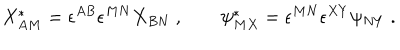
X _ { A M } ^ { * } = \epsilon ^ { A B } \epsilon ^ { M N } X _ { B N } \ , \qquad \psi _ { M X } ^ { * } = \epsilon ^ { M N } \epsilon ^ { X Y } \psi _ { N Y } \ .